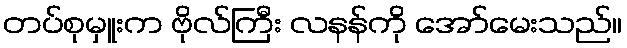
တပ်စုမှူးက ဗိုလ်ကြီး လနန်ကို အော်မေးသည်။